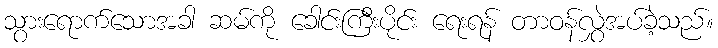
သွားရောက်သောအခါ ဆမ်ကို ခေါင်းကြီးပိုင်း ရေးရန် တာဝန်လွှဲအပ်ခဲ့သည်။